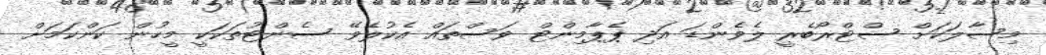
މިސާލަކަށް ސްޓްރޯބެރީ ލެވެންޑަ އަދި ޕެޕާމިންޓް ވަސްތައް އެކުލެވޭ ސެންޓުތަކަކީ މީހުން ކަންކަމަށް